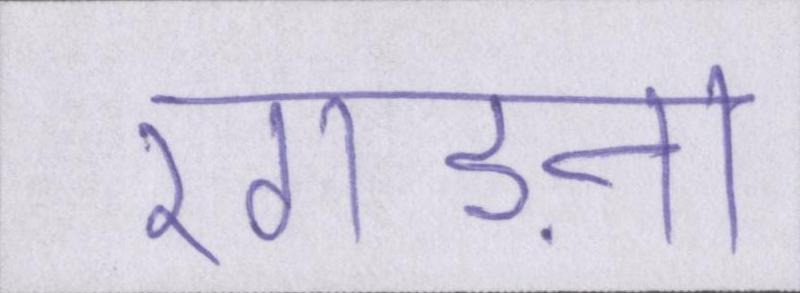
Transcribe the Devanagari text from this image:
रगड़ना